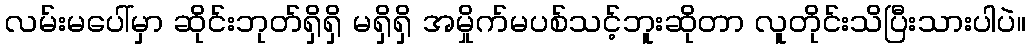
လမ်းမပေါ်မှာ ဆိုင်းဘုတ်ရှိရှိ မရှိရှိ အမှိုက်မပစ်သင့်ဘူးဆိုတာ လူတိုင်းသိပြီးသားပါပဲ။